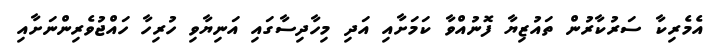
އެމެރިކާ ސަރުކާރުން ތައުޒިޔާ ފޮނުއްވާ ކަމަށާއި އަދި މިހާދިސާގައި އަނިޔާވި ހުރިހާ ހައްޖުވެރިންނަށާއި